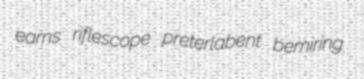
earns riflescope preterlabent bemiring